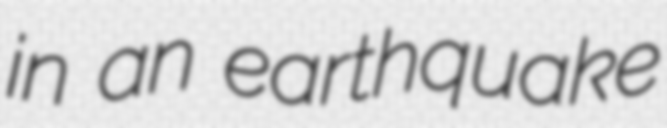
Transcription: in an earthquake